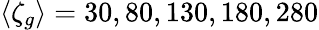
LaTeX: \langle\zeta_{g}\rangle=30,80,130,180,280